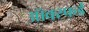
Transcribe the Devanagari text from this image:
ऑक्स्फर्ड